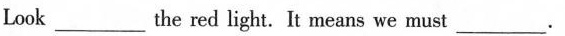
Look___ the red light. It means we must ___.